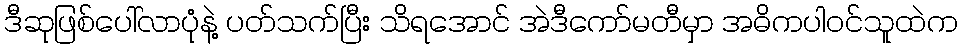
ဒီဆုဖြစ်ပေါ်လာပုံနဲ့ ပတ်သက်ပြီး သိရအောင် အဲဒီကော်မတီမှာ အဓိကပါဝင်သူထဲက